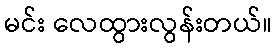
မင်း လေထွားလွန်းတယ်။